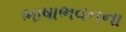
ભાષાભવનના